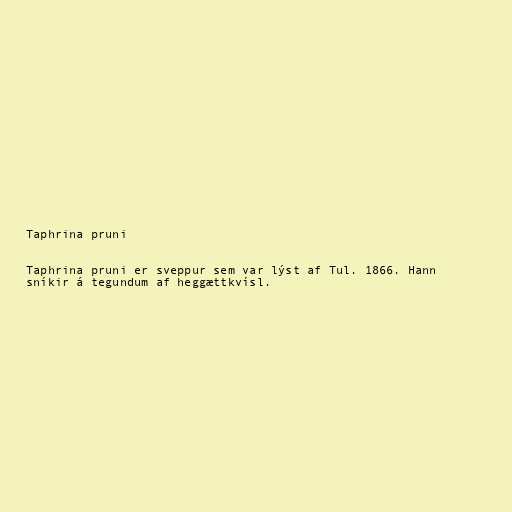
Taphrina pruni

Taphrina pruni er sveppur sem var lýst af Tul. 1866. Hann
sníkir á tegundum af heggættkvísl.